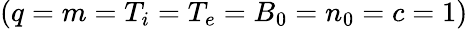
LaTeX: (q=m=T_{i}=T_{e}=B_{0}=n_{0}=c=1)